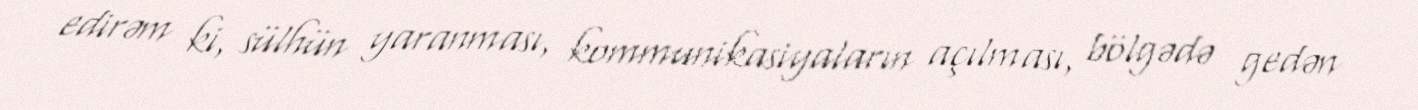
edirəm ki, sülhün yaranması, kommunikasiyaların açılması, bölgədə gedən